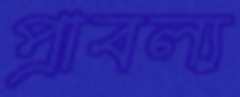
প্রাবল্য